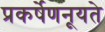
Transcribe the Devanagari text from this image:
प्रकर्षेणनूयते